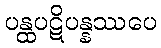
ပန္ထပဋိပန္နဿပေ